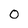
Character: 0